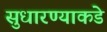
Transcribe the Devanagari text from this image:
सुधारण्याकडे